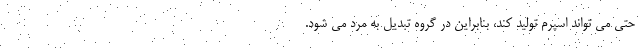
حتی می تواند اسپرم تولید کند، بنابراین در گروه تبدیل به مرد می شود.